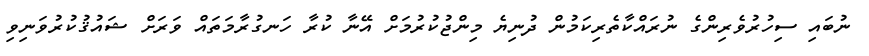
ނުބައި ސިހުރުވެރިންގެ ނުރައްކާތެރިކަމުން ދުނިޔެ މިންޖުކުރުމަށް އޭނާ ކުރާ ހަނގުރާމަތައް ވަރަށް ޝައުޤުކުރުވަނިވި